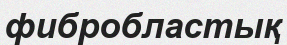
фибробластық